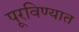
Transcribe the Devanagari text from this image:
पूरविण्यात